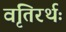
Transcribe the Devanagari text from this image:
वृतिरर्थः